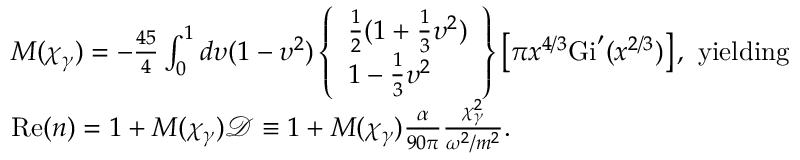
\begin{array} { l } { M ( \chi _ { \gamma } ) = - \frac { 4 5 } { 4 } \int _ { 0 } ^ { 1 } d \upsilon ( 1 - \upsilon ^ { 2 } ) \left\{ \begin{array} { l } { \frac { 1 } { 2 } ( 1 + \frac { 1 } { 3 } \upsilon ^ { 2 } ) } \\ { 1 - \frac { 1 } { 3 } \upsilon ^ { 2 } } \end{array} \right\} \left[ \pi x ^ { 4 / 3 } \mathrm { G i } ^ { \prime } ( x ^ { 2 / 3 } ) \right] , ~ \mathrm { y i e l d i n g } } \\ { \mathrm { R e } ( n ) = 1 + M ( \chi _ { \gamma } ) \mathcal { D } \equiv 1 + M ( \chi _ { \gamma } ) \frac { \alpha } { 9 0 \pi } \frac { \chi _ { \gamma } ^ { 2 } } { \omega ^ { 2 } / m ^ { 2 } } . } \end{array}